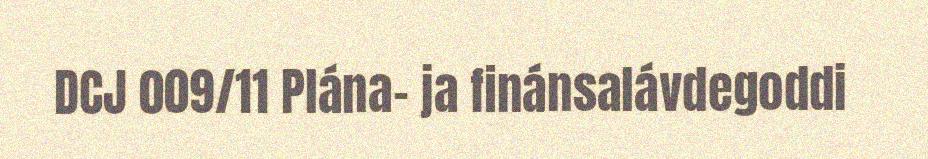
DCJ 009/11 Plána- ja finánsalávdegoddi